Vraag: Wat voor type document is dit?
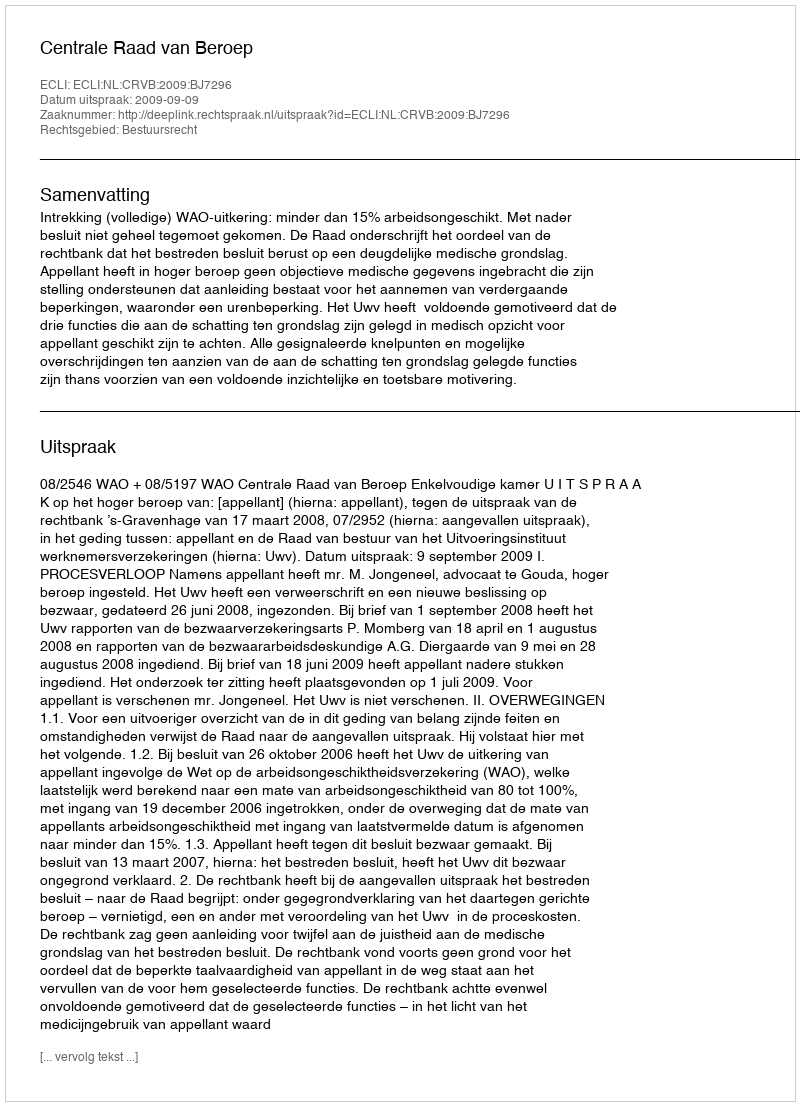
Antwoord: Uitspraak